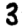
Digit: 3